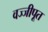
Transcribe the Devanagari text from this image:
वज्जीपूत